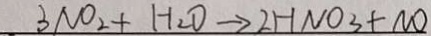
3 N O _ { 2 } + H _ { 2 } \rightarrow 2 H N O _ { 3 } + N O